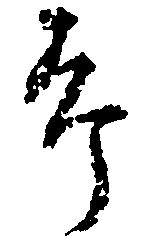
郎